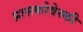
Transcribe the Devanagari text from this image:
प्रासकोवेस्की